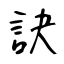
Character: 訣